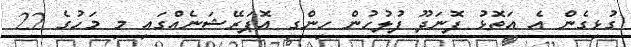
ގުޅިގެން އެ އަތޮޅު ފޮނަދޫ ފުލުހުން ހިންގި އޮޕަރޭޝަނެއްގައި މި މަހުގެ 22